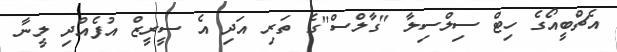
އެޗްބީއޯގެ ހިޓް ސިލްސިލާ "ގާލްސް"ގެ ތަރި އަދި އެ ސީރީޒް އުފެއްދި ލީނާ